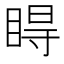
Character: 𥇹